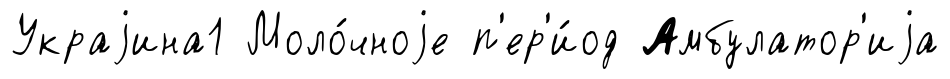
Украjина1 Моло́чноjе п'ер'и́од Амбулатор'иjа